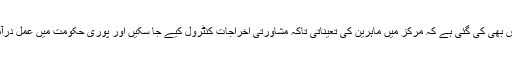
رپورٹ میں یہ سفارش بھی کی گئی ہے کہ مرکز میں ماہرین کی تعیناتی تاکہ مشاورتی اخراجات کنٹرول کیے جا سکیں اور پوری حکومت میں عمل درآمد میں مدد مل سکے۔